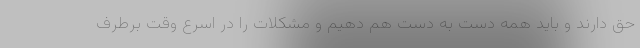
حق دارند و باید همه دست به دست هم دهیم و مشکلات را در اسرع وقت برطرف